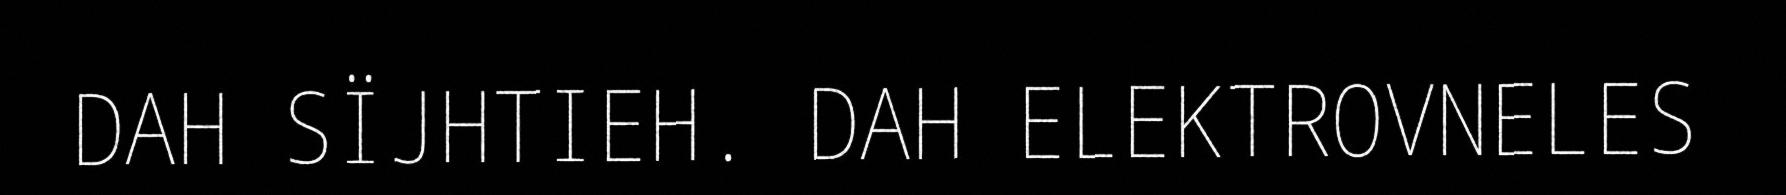
DAH SÏJHTIEH. DAH ELEKTROVNELES